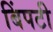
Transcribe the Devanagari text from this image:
बिंपटी